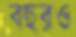
বছরও